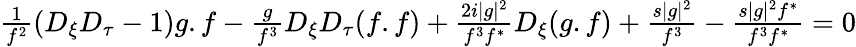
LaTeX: \begin{array}{r}{\frac{1}{f^{2}}(D_{\xi}D_{\tau}-1)g.f-\frac{g}{f^{3}}D_{\xi}D_{\tau}(f.f)+\frac{2i|g|^{2}}{f^{3}f^{*}}D_{\xi}(g.f)+\frac{s|g|^{2}}{f^{3}}-\frac{s|g|^{2}f^{*}}{f^{3}f^{*}}=0}\end{array}